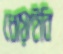
ধোয়াইবি